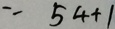
= 5 4 + 1